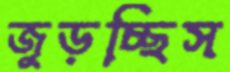
জুড়চ্ছিস